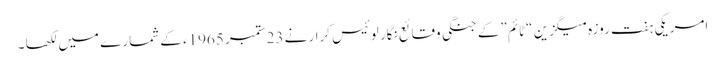
امریکی ہفت روزہ میگزین “ٹائم”کے جنگی وقائع نگار لوئیس کرار نے 23ستمبر 1965ء کے شمارے میں لکھا ۔